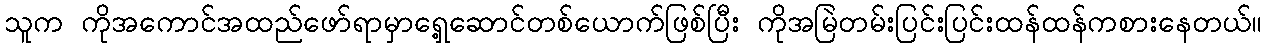
သူက ကိုအကောင်အထည်ဖော်ရာမှာရှေ့ဆောင်တစ်ယောက်ဖြစ်ပြီး ကိုအမြဲတမ်းပြင်းပြင်းထန်ထန်ကစားနေတယ်။